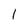
Character: 1